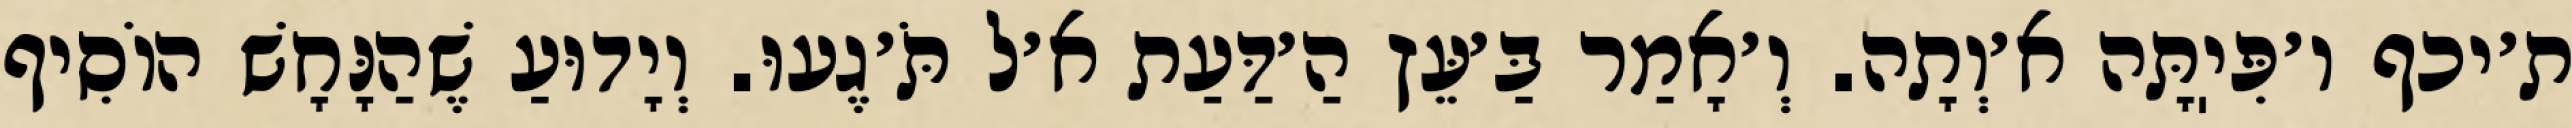
ת׳יכף ו׳פִּיֽתָּה א׳וְתָה. וְ׳אָמַר בַּ׳עֵּץ הַ׳דַּעַת א׳ל תֹּ׳גֶעוּ. וְיָדוּעַ שֶׁהַנָּחָשׁ הוֹסִיף